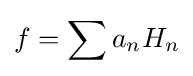
f=\sum a_{n}H_{n}